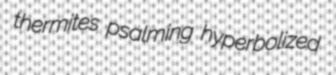
thermites psalming hyperbolized